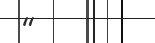
"